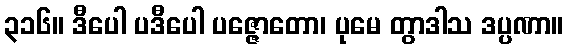
၃၁၆။ ဒီပေါ ပဒီပေါ ပဇ္ဇောတော၊ ပုမေ တွာဒါသ ဒပ္ပဏာ။